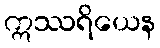
ဣဿရိယေန